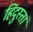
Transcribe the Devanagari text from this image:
हिंदुस्तां